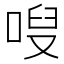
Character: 㖬